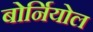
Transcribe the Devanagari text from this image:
बोर्नियोल